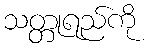
သတ္တုရည်ကို